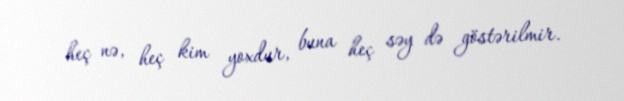
heç nə, heç kim yoxdur, buna heç səy də göstərilmir.